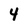
Character: 4